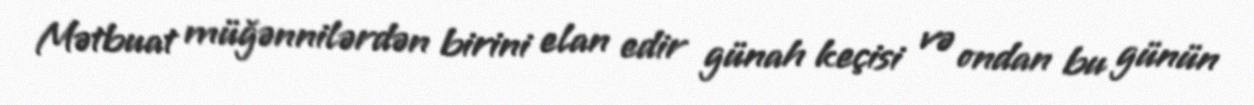
Mətbuat müğənnilərdən birini elan edir günah keçisi və ondan bu günün